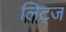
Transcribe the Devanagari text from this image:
लिट्ज